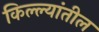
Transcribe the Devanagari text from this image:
किल्ल्यांतील